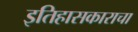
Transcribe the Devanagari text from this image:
इतिहासकाराचा